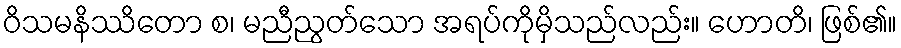
ဝိသမနိဿိတော စ၊ မညီညွတ်သော အရပ်ကိုမှိသည်လည်း။ ဟောတိ၊ ဖြစ်၏။